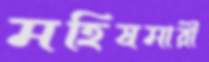
মহিষমারী